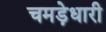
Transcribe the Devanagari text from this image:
चमड़ेधारी